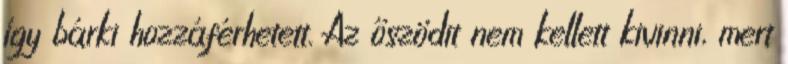
így bárki hozzáférhetett. Az őszödit nem kellett kivinni, mert